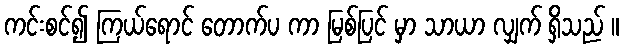
ကင်းစင်၍ ကြယ်ရောင် တောက်ပ ကာ မြစ်ပြင် မှာ သာယာ လျှက် ရှိသည် ။